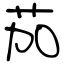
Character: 茄